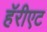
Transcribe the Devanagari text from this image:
हॅरीएट